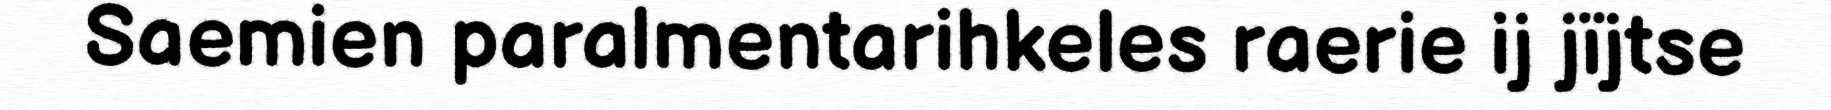
Saemien paralmentarihkeles raerie ij jïjtse